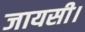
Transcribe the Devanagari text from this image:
जायसी।